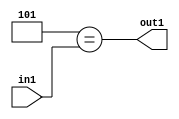
`timescale 1ps / 1ps
/*****************************************************************************
    Verilog RTL Description
    
    
    Created by: Stratus DpOpt 2019.1.01 
*******************************************************************************/

module cache_Eqi5u8_4_2 (
	in1,
	out1
	); /* architecture "behavioural" */ 
input [7:0] in1;
output  out1;
wire  asc001;

assign asc001 = (13'B0000000000101==in1);

assign out1 = asc001;
endmodule

/* CADENCE  urX1Qws= : u9/ySgnWtBlWxVPRXgAZ4Og= ** DO NOT EDIT THIS LINE ******/